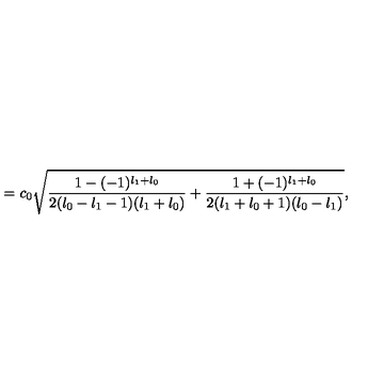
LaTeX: = c _ { 0 } \sqrt { \frac { 1 - ( - 1 ) ^ { l _ { 1 } + l _ { 0 } } } { 2 ( l _ { 0 } - l _ { 1 } - 1 ) ( l _ { 1 } + l _ { 0 } ) } + \frac { 1 + ( - 1 ) ^ { l _ { 1 } + l _ { 0 } } } { 2 ( l _ { 1 } + l _ { 0 } + 1 ) ( l _ { 0 } - l _ { 1 } ) } } ,